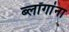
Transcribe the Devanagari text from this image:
ब्लॉगांना